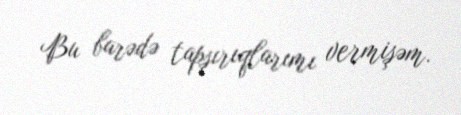
Bu barədə tapşırıqlarımı vermişəm.